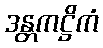
ဒန္တကဋ္ဌိကံ